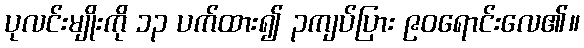
ပုလင်းမျိုးကို ၁၃ ပက်ထား၍ ၃ကျပ်ပြား ၉၀ရောင်းလေ၏။